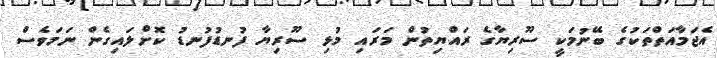
އެޖަމާއަތްތަކުގެ ބޭނުމަކީ ސޫރިޔާގެ ރައްޔިތުން މަރައި މުޅި ސޫރިޔާ ފުނޑުފުނޑު ކޮށްލައިގެން ނަމަވެސް